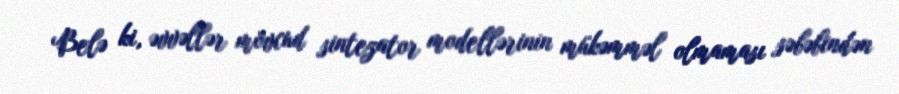
Belə ki, əvvəllər mövcud sintezator modellərinin mükəmməl olmaması səbəbindən